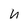
Character: n